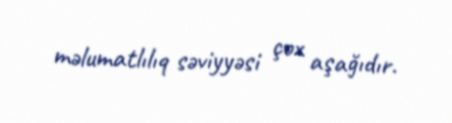
məlumatlılıq səviyyəsi çox aşağıdır.